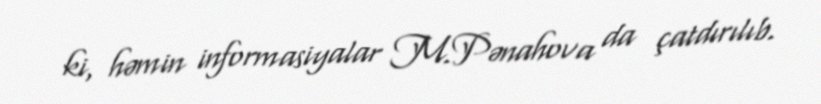
ki, həmin informasiyalar M.Pənahova da çatdırılıb.